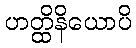
ဟတ္ထိနိယောပိ